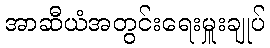
အာဆီယံအတွင်းရေးမှူးချုပ်